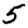
Digit: 5